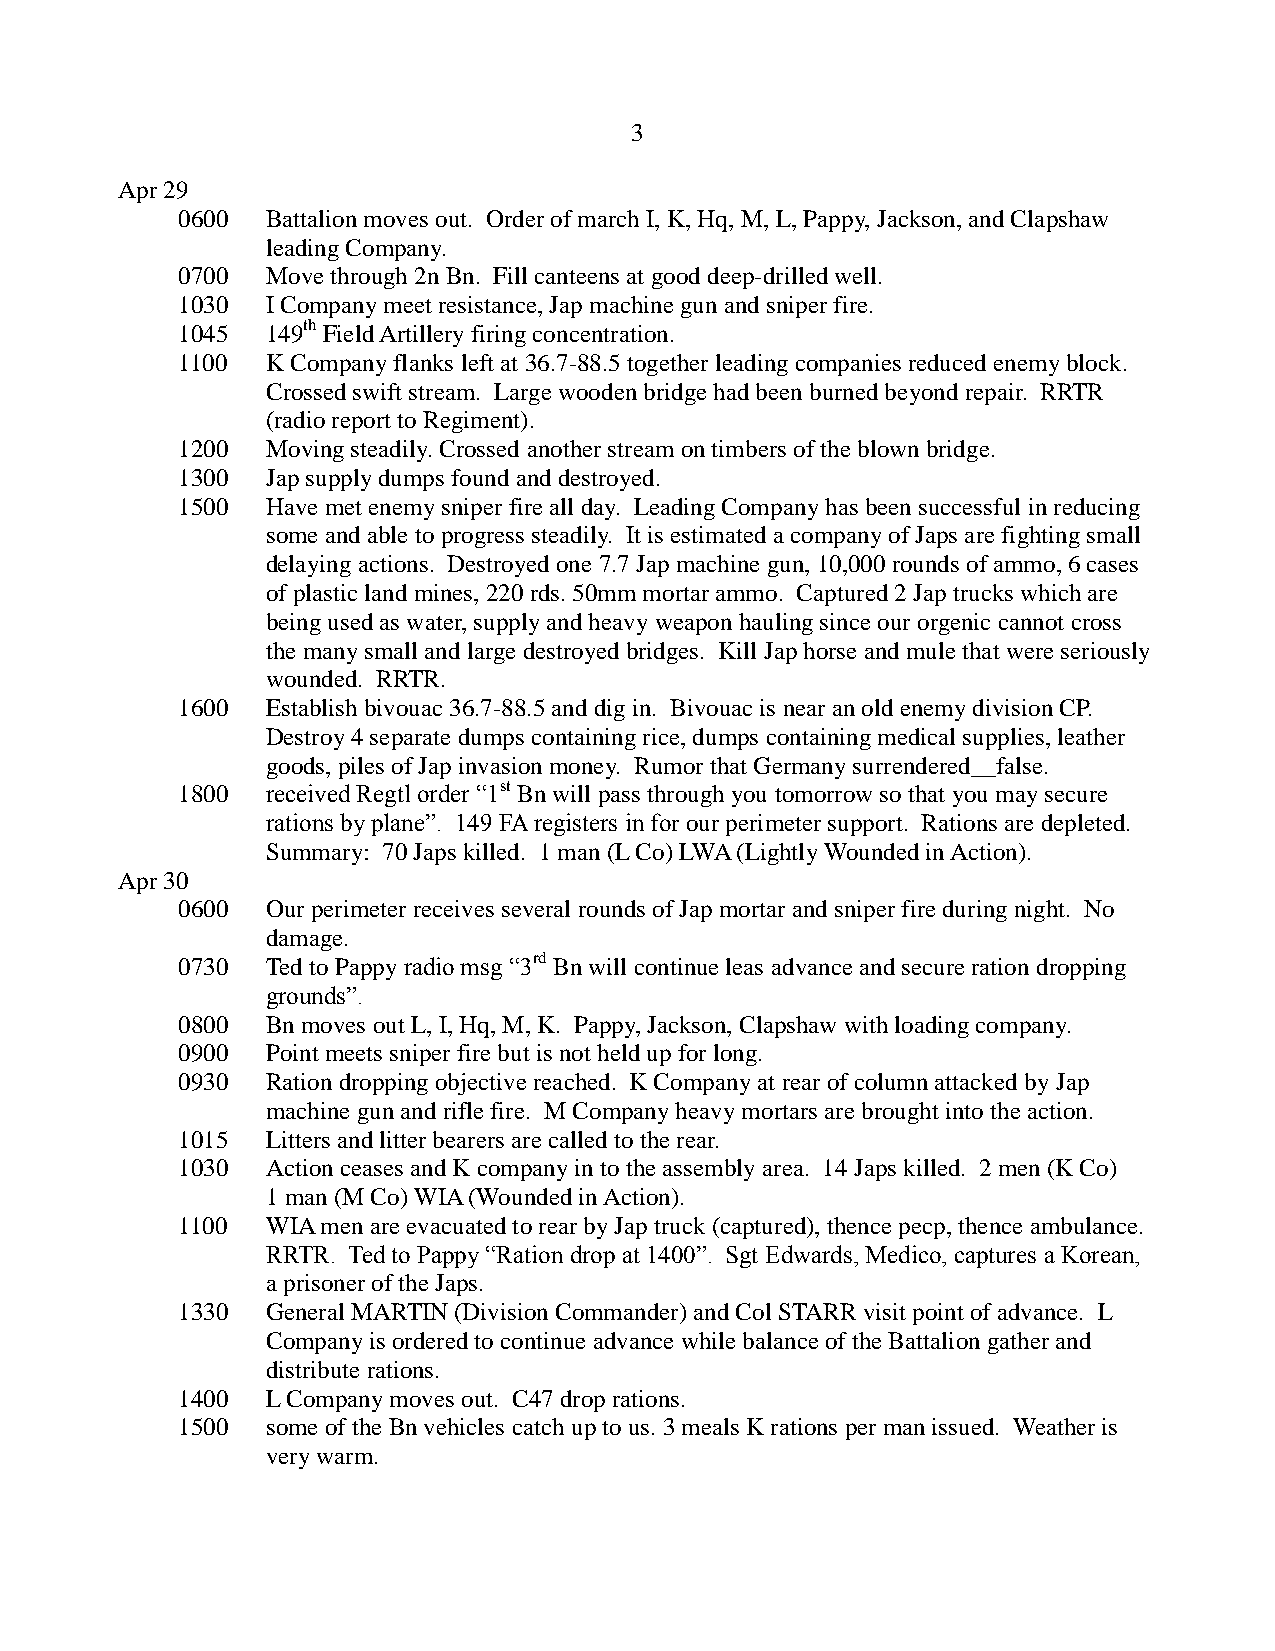
3
 Apr 29
 0600  Battalion moves out. Order of march I, K, Hq, M, L, Pappy, Jackson, and Clapshaw
 leading Company.
 0700  Move through 2n Bn. Fill canteens at good deep-drilled well.
 1030  I Company meet resistance, Jap machine gun and sniper fire.
 1045  149th Field Artillery firing concentration.
 1100  K Company flanks left at 36.7-88.5 together leading companies reduced enemy block.
 Crossed swift stream. Large wooden bridge had been burned beyond repair. RRTR
 (radio report to Regiment).
 1200  Moving steadily. Crossed another stream on timbers of the blown bridge.
 1300  Jap supply dumps found and destroyed.
 1500  Have met enemy sniper fire all day. Leading Company has been successful in reducing
 some and able to progress steadily. It is estimated a company of Japs are fighting small
 delaying actions. Destroyed one 7.7 Jap machine gun, 10,000 rounds of ammo, 6 cases
 of plastic land mines, 220 rds. 50mm mortar ammo. Captured 2 Jap trucks which are
 being used as water, supply and heavy weapon hauling since our orgenic cannot cross
 the many small and large destroyed bridges. Kill Jap horse and mule that were seriously
 wounded. RRTR.
 1600  Establish bivouac 36.7-88.5 and dig in. Bivouac is near an old enemy division CP.
 Destroy 4 separate dumps containing rice, dumps containing medical supplies, leather
 goods, piles of Jap invasion money. Rumor that Germany surrendered__false.
 1800  received Regtl order “1st Bn will pass through you tomorrow so that you may secure
 rations by plane”. 149 FA registers in for our perimeter support. Rations are depleted.
 Summary: 70 Japs killed. 1 man (L Co) LWA (Lightly Wounded in Action).
 Apr 30
 0600  Our perimeter receives several rounds of Jap mortar and sniper fire during night. No
 damage.
 0730  Ted to Pappy radio msg “3rd Bn will continue leas advance and secure ration dropping
 grounds”.
 0800  Bn moves out L, I, Hq, M, K. Pappy, Jackson, Clapshaw with loading company.
 0900  Point meets sniper fire but is not held up for long.
 0930  Ration dropping objective reached. K Company at rear of column attacked by Jap
 machine gun and rifle fire. M Company heavy mortars are brought into the action.
 1015  Litters and litter bearers are called to the rear.
 1030  Action ceases and K company in to the assembly area. 14 Japs killed. 2 men (K Co)
 1 man (M Co) WIA (Wounded in Action).
 1100  WIA men are evacuated to rear by Jap truck (captured), thence pecp, thence ambulance.
 RRTR. Ted to Pappy “Ration drop at 1400”. Sgt Edwards, Medico, captures a Korean,
 a prisoner of the Japs.
 1330  General MARTIN (Division Commander) and Col STARR visit point of advance. L
 Company is ordered to continue advance while balance of the Battalion gather and
 distribute rations.
 1400  L Company moves out. C47 drop rations.
 1500  some of the Bn vehicles catch up to us. 3 meals K rations per man issued. Weather is
 very warm.